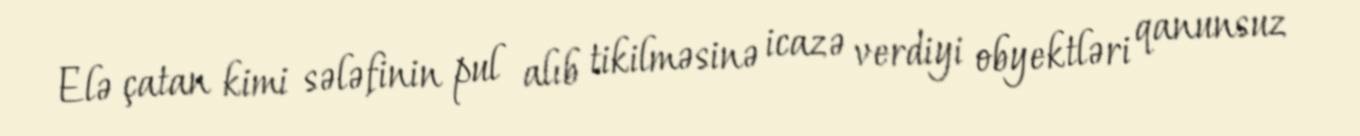
Elə çatan kimi sələfinin pul alıb tikilməsinə icazə verdiyi obyektləri qanunsuz